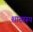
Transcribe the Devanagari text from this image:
शास्त्ररूप